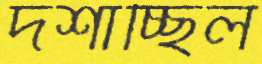
দর্শাচ্ছিল